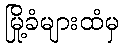
မြို့ခံများထံမှ